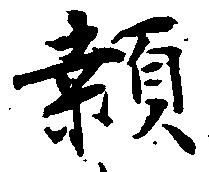
＊